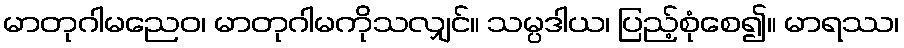
မာတုဂါမညေဝ၊ မာတုဂါမကိုသလျှင်။ သမ္ပဒါယ၊ ပြည့်စုံစေ၍။ မာရဿ၊